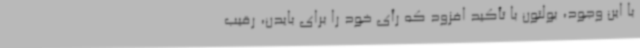
با این وجود، بولتون با تأکید افزود که رأی خود را برای بایدن، رقیب